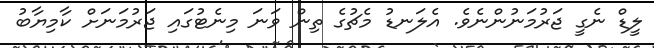
ލީޑް ނެގީ ޖަރުމަނުންނެވެ. އެލަނޑު މެޗުގެ ތިން ވަނަ މިނެޓުގައި ޖަރުމަނަށް ކާމިޔާބު